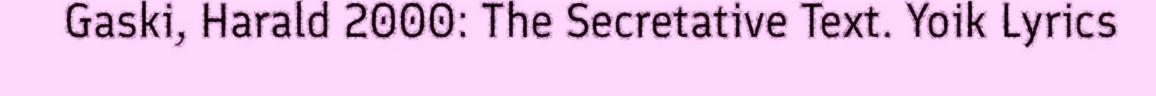
Gaski, Harald 2000: The Secretative Text. Yoik Lyrics